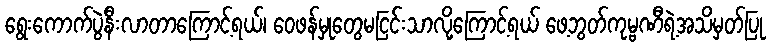
ရွေးကောက်ပွဲနီးလာတာကြောင့်ရယ်၊ ဝေဖန်မှုတွေမငြင်းသာလို့ကြောင့်ရယ် ဖေ့ဘွတ်ကုမ္ဗဏီရဲ့အသိမှတ်ပြု